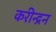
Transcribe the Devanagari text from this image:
करीन्द्रन